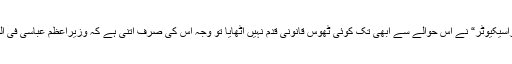
لال حویلی سے اُٹھے ”پبلک پراسیکیوٹر“ نے اس حوالے سے ابھی تک کوئی ٹھوس قانونی قدم نہیں اٹھایا تو وجہ اس کی صرف اتنی ہے کہ وزیراعظم عباسی فی الوقت "Under Watch" ہیں۔